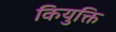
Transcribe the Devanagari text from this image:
कियुक्ति